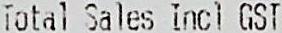
TOTAL SALES INCL GST